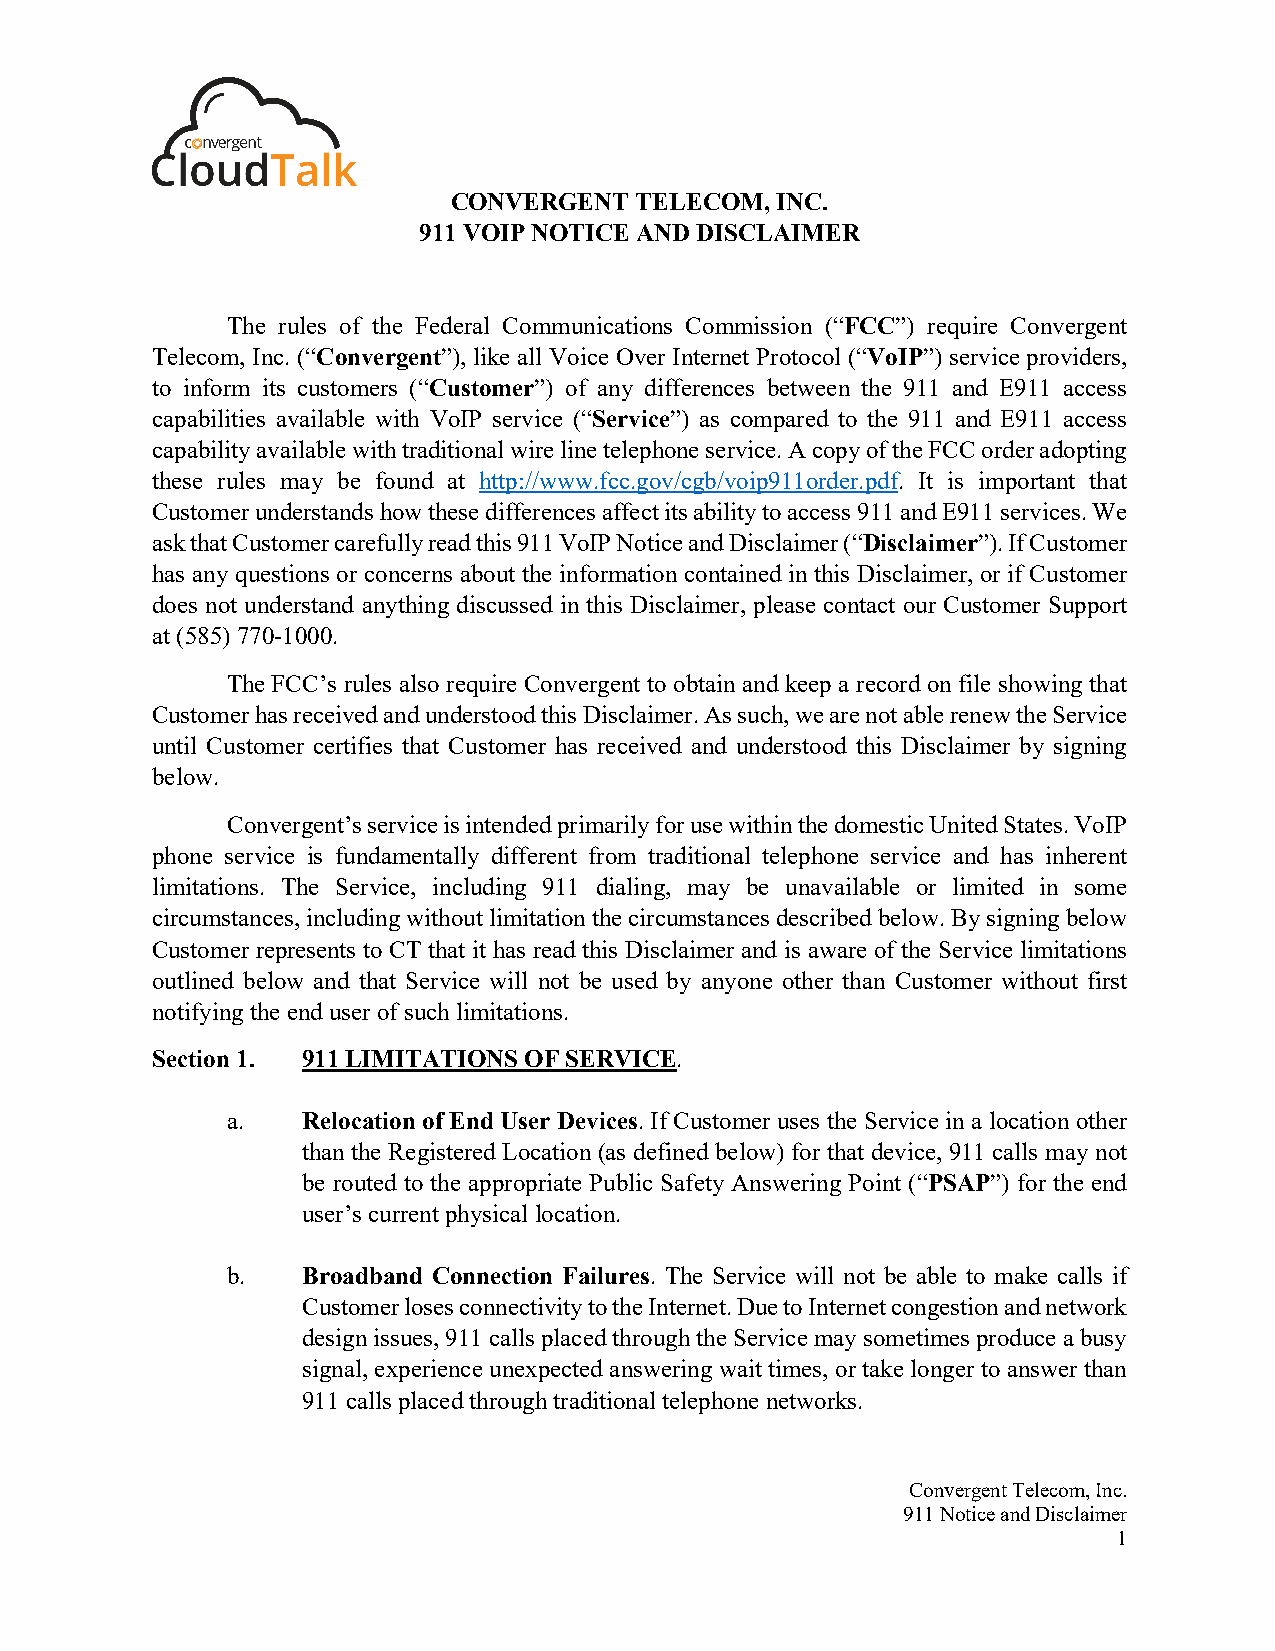
CONVERGENT  TELECOM, INC.
 911 VOIP NOTICE AND DISCLAIMER
 The rules of the Federal Communications Commission (“FCC”) require Convergent
 Telecom, Inc. (“Convergent”), like all Voice Over Internet Protocol (“VoIP”) service providers,
 to inform its customers (“Customer”) of any differences between the 911 and E911 access
 capabilities available with VoIP service (“Service”) as compared to the 911 and E911 access
 capability available with traditional wire line telephone service. A copy of the FCC order adopting
 these rules may be found at http://www.fcc.gov/cgb/voip911order.pdf. It is important that
 Customer understands how these differences affect its ability to access 911 and E911 services. We
 ask that Customer carefully read this 911 VoIP Notice and Disclaimer (“Disclaimer”). If Customer
 has any questions or concerns about the information contained in this Disclaimer, or if Customer
 does not understand anything discussed in this Disclaimer, please contact our Customer Support
 at (585) 770-1000.
 The FCC’s rules also require Convergent to obtain and keep a record on file showing that
 Customer has received and understood this Disclaimer. As such, we are not able renew the Service
 until Customer certifies that Customer has received and understood this Disclaimer by signing
 below.
 Convergent’s service is intended primarily for use within the domestic United States. VoIP
 phone service is fundamentally different from traditional telephone service and has inherent
 limitations. The Service, including 911 dialing, may be unavailable or limited in some
 circumstances, including without limitation the circumstances described below. By signing below
 Customer represents to CT that it has read this Disclaimer and is aware of the Service limitations
 outlined below and that Service will not be used by anyone other than Customer without first
 notifying the end user of such limitations.
 Section 1. 911 LIMITATIONS OF SERVICE.
 a.   Relocation of End User Devices. If Customer uses the Service in a location other
 than the Registered Location (as defined below) for that device, 911 calls may not
 be routed to the appropriate Public Safety Answering Point (“PSAP”) for the end
 user’s current physical location.
 b.   Broadband Connection Failures. The Service will not be able to make calls if
 Customer loses connectivity to the Internet. Due to Internet congestion and network
 design issues, 911 calls placed through the Service may sometimes produce a busy
 signal, experience unexpected answering wait times, or take longer to answer than
 911 calls placed through traditional telephone networks.
 Convergent Telecom, Inc.
 911 Notice and Disclaimer
 1